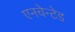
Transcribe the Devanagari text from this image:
एनचेन्टेड